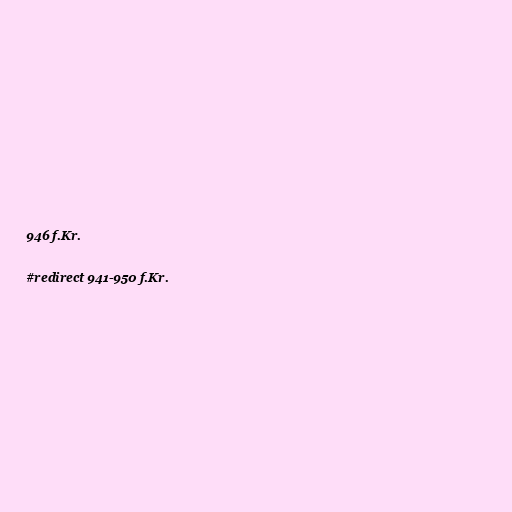
946 f.Kr.

#redirect 941-950 f.Kr.